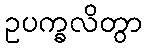
ဥပက္ခလိတွာ